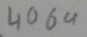
Text: 4069